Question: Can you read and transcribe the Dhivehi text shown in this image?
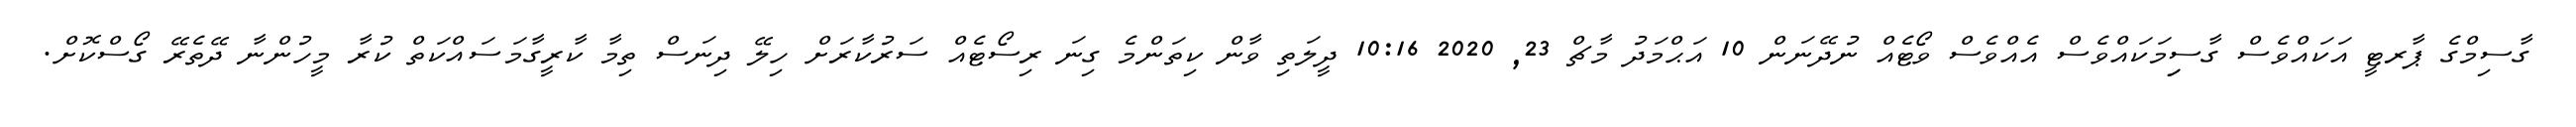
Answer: ގާސިމްގެ ޕާރޓީ އަކައްވެސް ގާސިިމަކައްވެސް އެއްވެސް ވޯޓެއް ނުދޭނަން 10 އަޙްމަދު މާޗް 23, 2020 10:16 ދީލަތި ވާން ކިތަންމެ ގިނަ ރިސޯޓެއް ސަރުކާރަށް ހިލޭ ދިނަސް ތިމާ ކާރީގާމަސައްކަތް ކުރާ މީހުންނާ ދޭތެރޭ ގޯސްކޮށް.